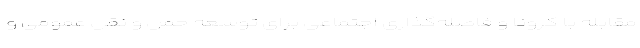
مقابله با کرونا و فاصله‌گذاری اجتماعی برای توسعه حمل و نقل عمومی و